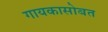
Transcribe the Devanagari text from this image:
गायकासोबत